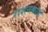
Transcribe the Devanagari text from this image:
राशनकार्ड